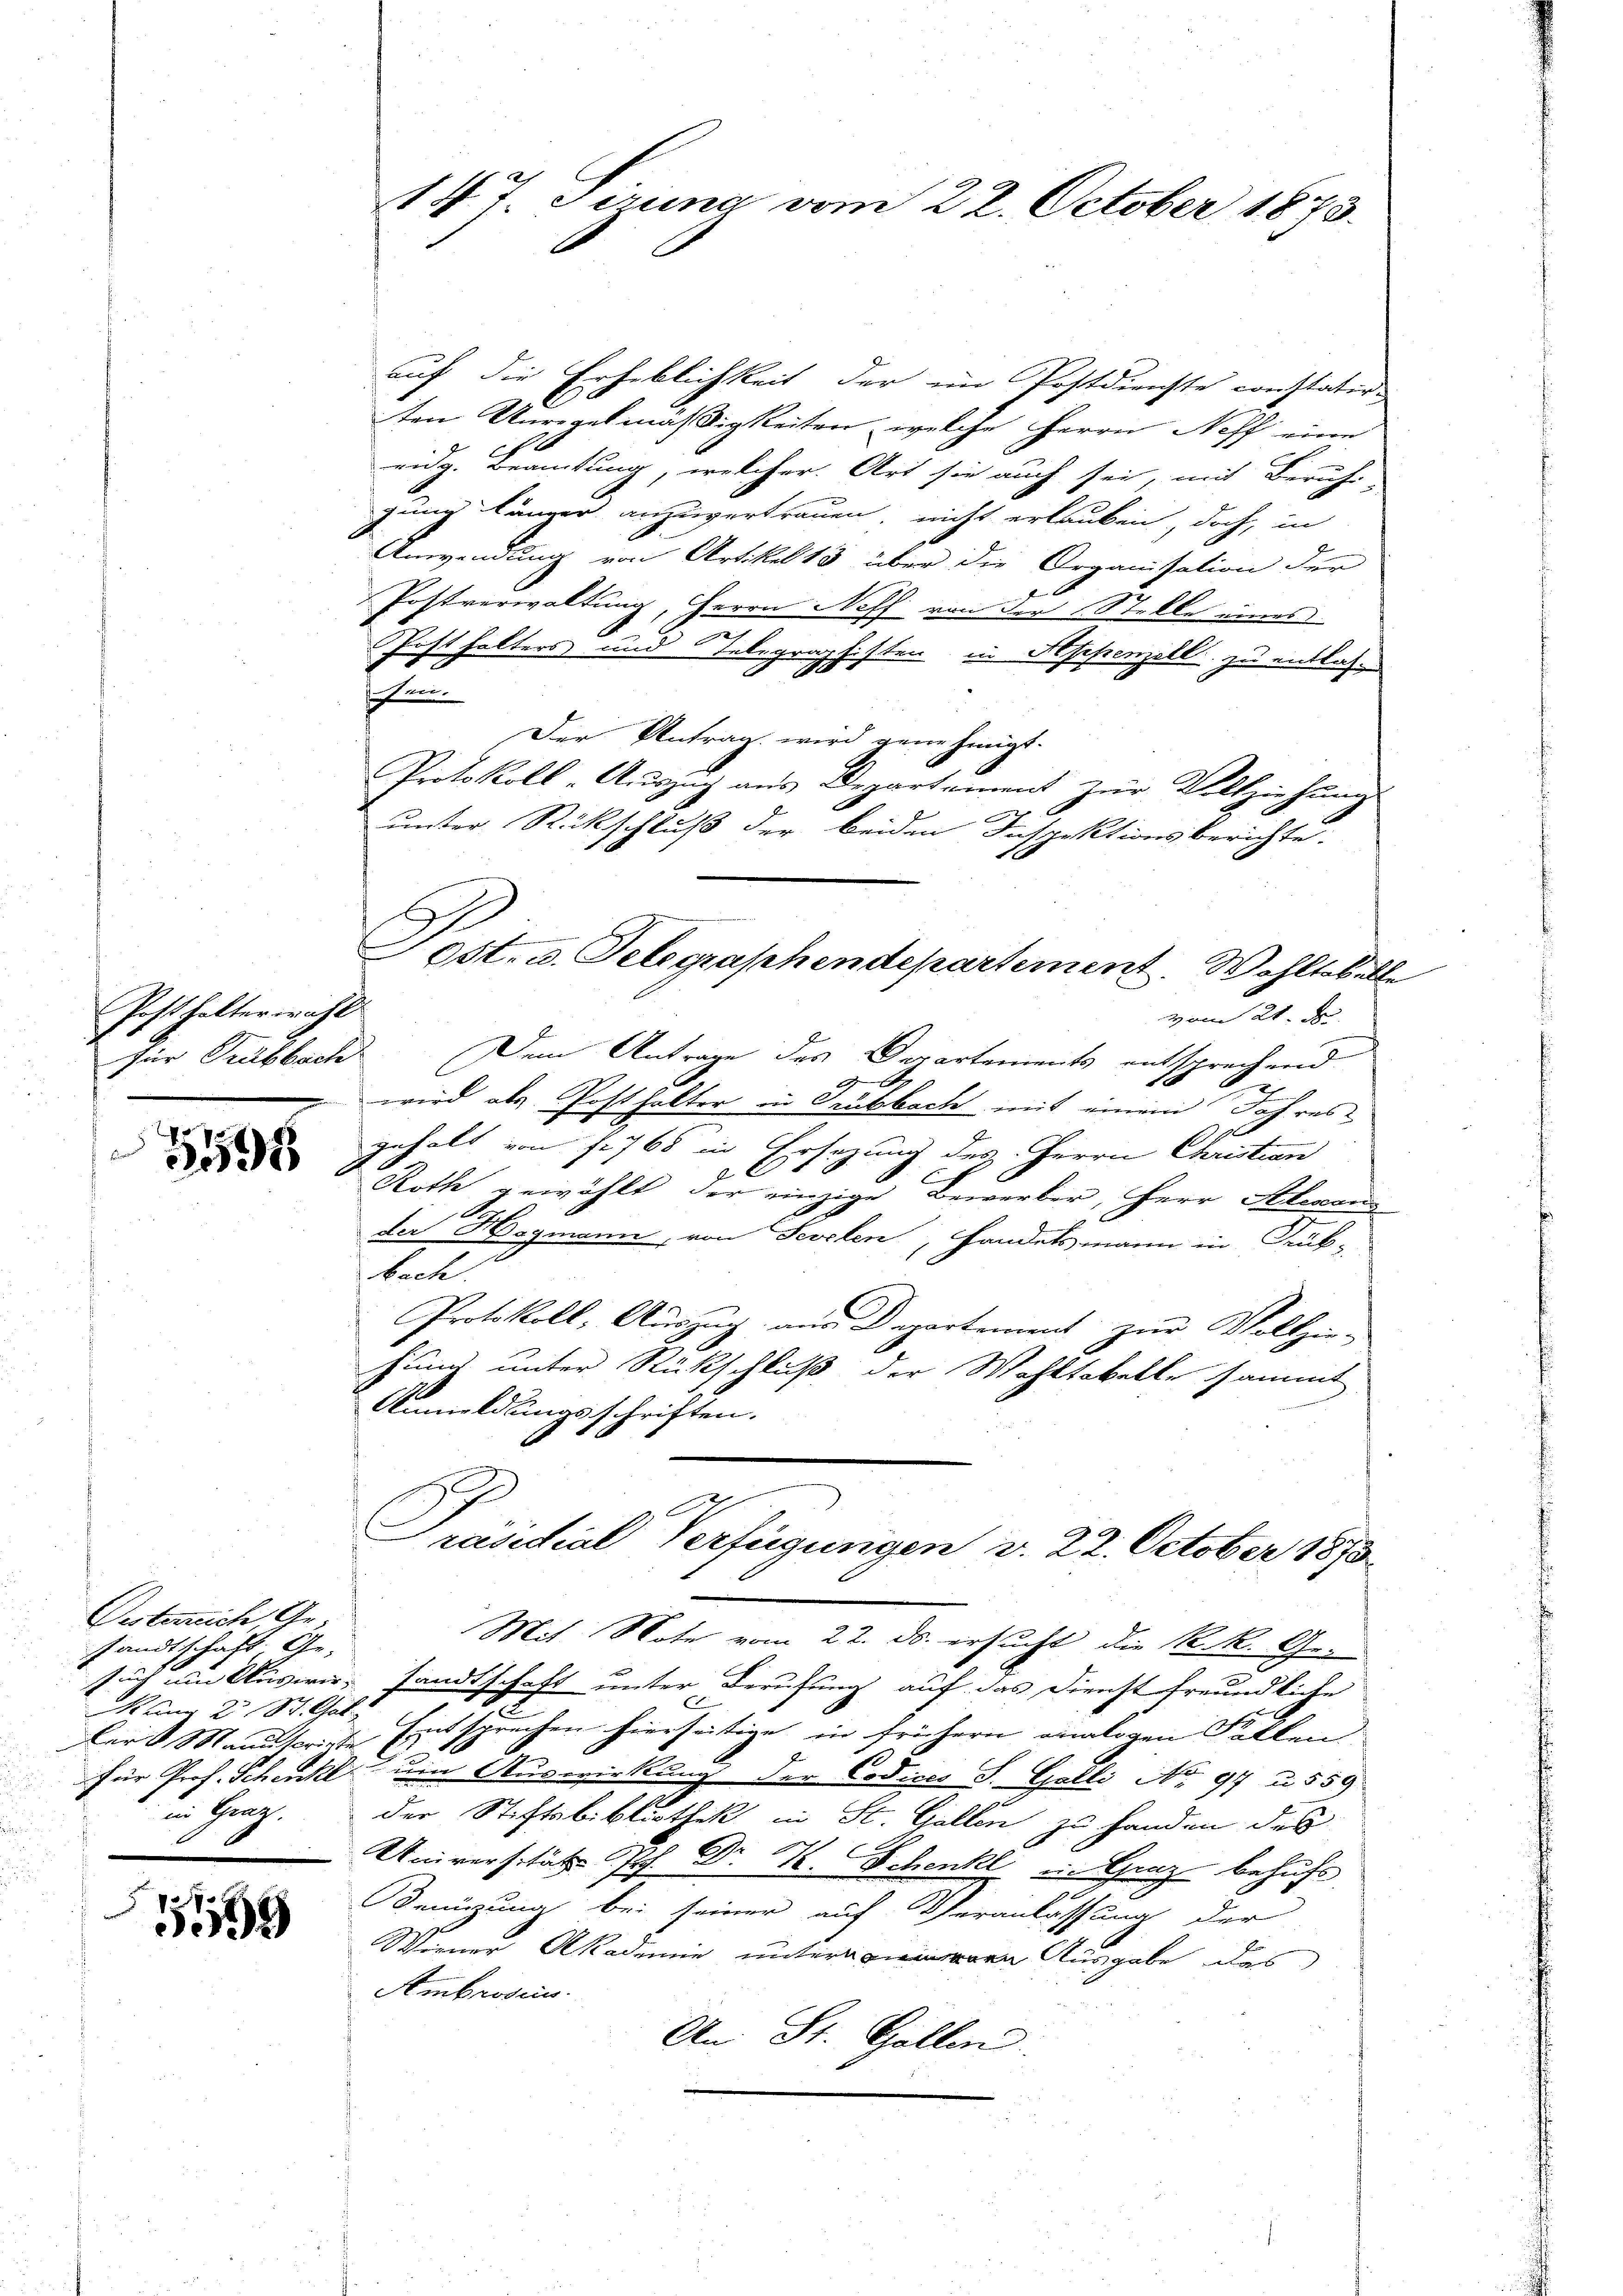
Posthalterwahl

9

Desterrich Gesandtschaft Ge-
Kann 2 St. Gal
ler Manuscrite
in Graz.

e
159

147. Sirung vom 22. October 1873.

auf die Erheblichkeit der im Postdienste constatirten Unregelmäßigkeiten, welche Herrn Neff eine
eidg. Beamtung, welcher. Art sie auch sei, mit Beruhe
gung länger anzuvertrauen, nicht erlauben, doch, in
Anwendung von Artikel 13 über die Organisation der
Postverwaltung, Herrn Neff von der Stelle eines
Posthalters und des
tebegraphisten in Appenzell zu entlassen
sohlen
Der Antrag wird genehmigt.
Protokoll-Aŭszŭg aŭs Departement zŭr Vollziehŭngs
A
unter Rückschluß der beiden Inspektionsberichte.
vom 21. J
für Trubbach Dem Antrage des Departements entsprechend
A
2
wird als Posthalter in Grubbach mit einem Jahres
19
gehalt von f. 768 in Ersezung des Herrn Christian
C
E
Roth gewählt der einzige Bewerber, Herr Alexans
der Hagmann, von Sevelen, Handelsmann in Druck-
bach.
Protokoll, Auszug aus Departement zur Vollzie-
hung unter Rückschluß der Wahltakelte sammt
Anmeldungsschriften.
Präsidial Verfügungen v. 22. October 1873.
Mit Note vom 22. ds. ersucht die K. k. Gesuch um Auswir sandtschaft unter Berufung auf das Dienst freundliche
Entsprechen hierseitige in frühern analogen Fallen
für Prof. Scheickl um Auswirkung der Codices J. Galli No 97 u. 559
der Stiftsbibliothek in St. Gallen zu handen des
Universität Prof. Dr. T. Schenk in Graz behufs
Benützung bei seiner auf Veranlassung der
Wiener Akademie unter Ausgabe das
Ambrosius.
An St. Gallen.

i
Ost. u. Telegraphendepartement. Wohltobelle